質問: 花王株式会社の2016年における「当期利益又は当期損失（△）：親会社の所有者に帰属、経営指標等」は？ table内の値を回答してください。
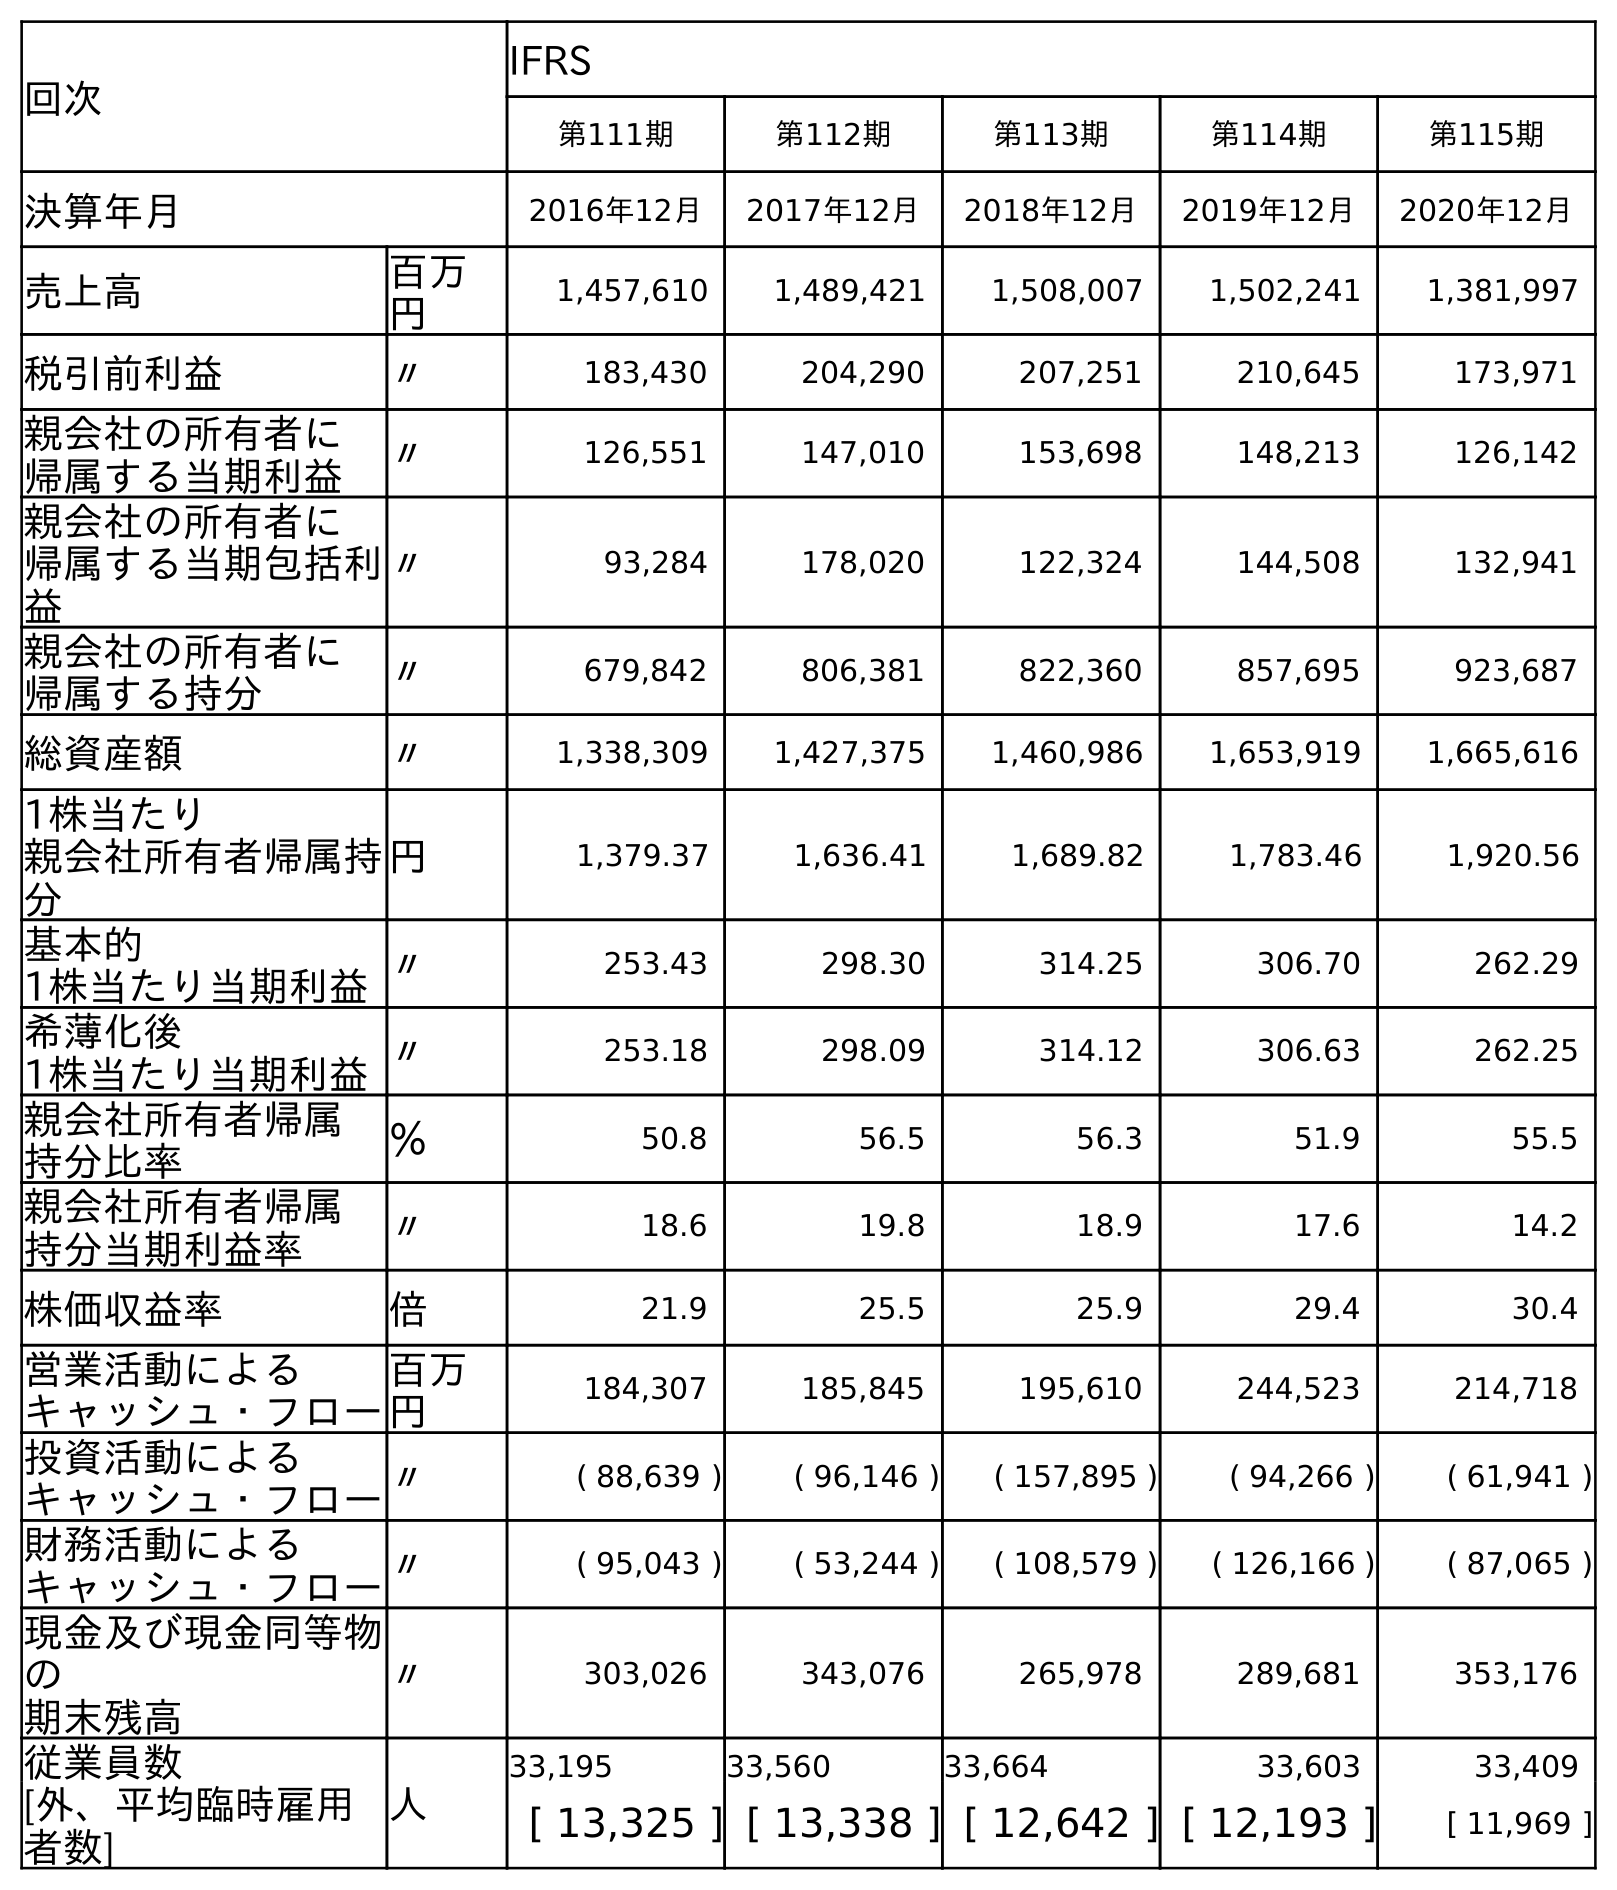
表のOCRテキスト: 回次 IFRS 第111期 第112期 第113期 第114期 第115期 決算年月 2016年12月 2017年12月 2018年12月 2019年12月 2020年12月 売上高 百万 円 1,457,610 1,489,421 1,508,007 1,502,241 1,381,997 税引前利益 〃 183,430 204,290 207,251 210,645 173,971 親会社の所有者に 帰属する当期利益 〃 126,551 147,010 153,698 148,213 126,142 親会社の所有者に 帰属する当期包括利 益 〃 93,284 178,020 122,324 144,508 132,941 親会社の所有者に 帰属する持分 〃 679,842 806,381 822,360 857,695 923,687 総資産額 〃 1,338,309 1,427,375 1,460,986 1,653,919 1,665,616 1株当たり 親会社所有者帰属持 分 円 1,379.37 1,636.41 1,689.82 1,783.46 1,920.56 基本的 1株当たり当期利益〃 253.43 298.30 314.25 306.70 262.29 希薄化後 1株当たり当期利益〃 253.18 298.09 314.12 306.63 262.25 親会社所有者帰属 持分比率 ％ 50.8 56.5 56.3 51.9 55.5 親会社所有者帰属 持分当期利益率 〃 18.6 19.8 18.9 17.6 14.2 株価収益率 倍 21.9 25.5 25.9 29.4 30.4 営業活動による キャッシュ・フロー 百万 円 184,307 185,845 195,610 244,523 214,718 投資活動による キャッシュ・フロー〃 ( 88,639 ) ( 96,146 ) ( 157,895 ) ( 94,266 ) ( 61,941 ) 財務活動による キャッシュ・フロー〃 ( 95,043 ) ( 53,244 ) ( 108,579 ) ( 126,166 ) ( 87,065 ) 現金及び現金同等物 の 期末残高 〃 303,026 343,076 265,978 289,681 353,176 従業員数 人 33,195 33,560 33,664 33,603 33,409 [外、平均臨時雇用 者数] [ 13,325 ] [ 13,338 ] [ 12,642 ] [ 12,193 ] [ 11,969 ]
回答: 126,551